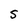
Character: S